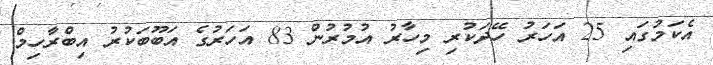
އެކަމުގައި 25 އަހަރު ހޭދަކުރި މިހާރު އުމުރުން 83 އަހަރުގެ އަބޫބަކުރު އިބްރާހިމް